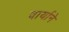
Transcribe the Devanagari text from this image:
वार्याने